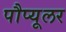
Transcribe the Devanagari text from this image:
पौप्यूलर